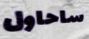
ساحاول